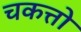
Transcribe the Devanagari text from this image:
चकत्तो